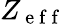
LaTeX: Z_{\mathrm{~e~f~f~}}